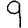
Digit: 9